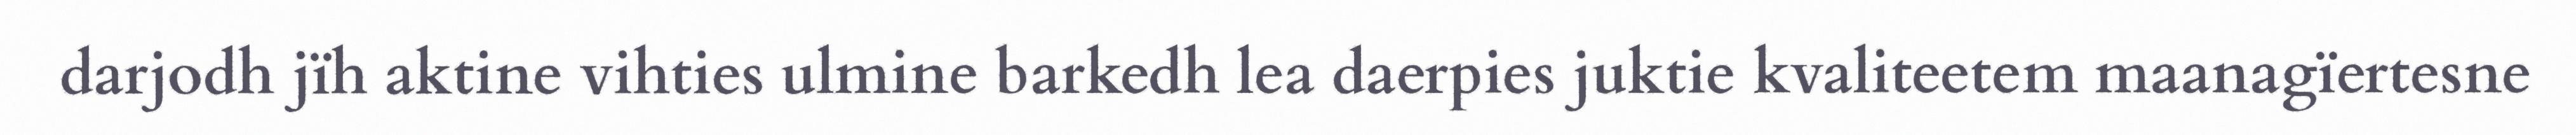
darjodh jïh aktine vihties ulmine barkedh lea daerpies juktie kvaliteetem maanagïertesne